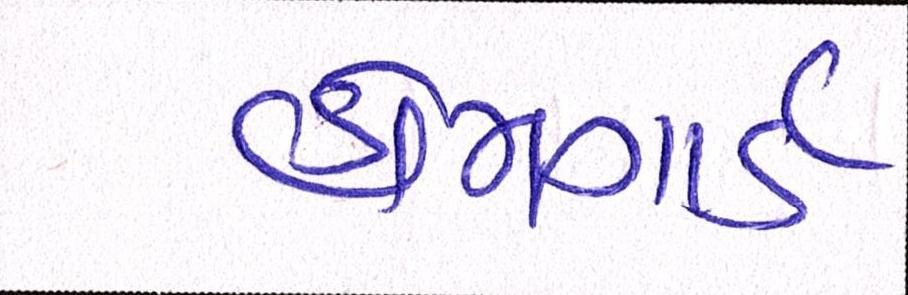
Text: હોમગાર્ડ